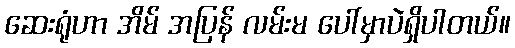
ဆေးရုံဟာ အိမ် အပြန် လမ်းမ ပေါ်မှာပဲရှိပါတယ်။